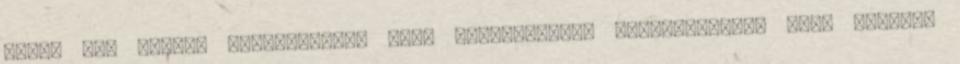
annak agy nagyon izgalmasnak, vagy rettenetesen romantikusnak kell lennie.